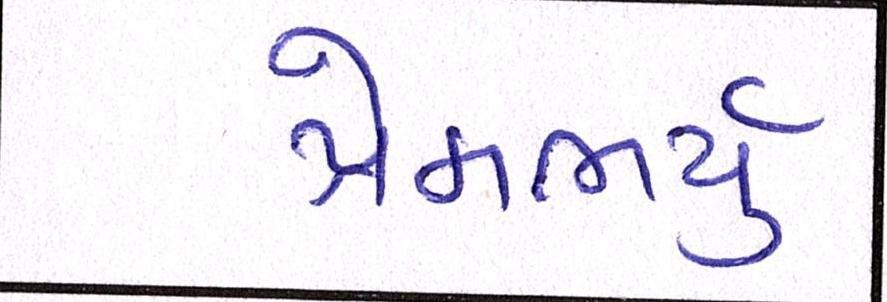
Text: પ્રેમભર્યું